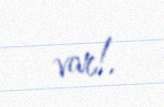
var!.